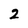
Character: 2